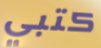
كتبي